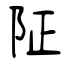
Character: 阷